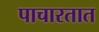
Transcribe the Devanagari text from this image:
पाचारतात